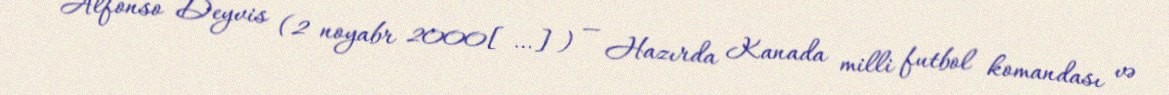
Alfonso Deyvis (2 noyabr 2000[…]) — Hazırda Kanada milli futbol komandası və